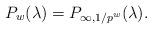
LaTeX: \begin{align*}P_w(\lambda) = P_{\infty,1/p^w}(\lambda).\end{align*}